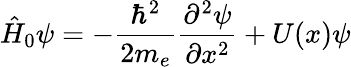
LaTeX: \hat{H}_{0}\psi=-\frac{\hbar^{2}}{2m_{e}}\frac{\partial^{2}\psi}{\partial x^{2}}+U(x)\psi